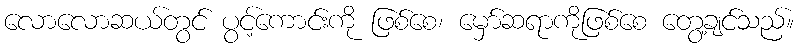
လောလောဆယ်တွင် ပွင့်ကောင်းကို ဖြစ်စေ၊ မှော်ဆရာကိုဖြစ်စေ တွေ့ချင်သည်။